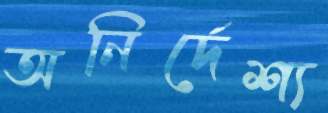
অনির্দেশ্য